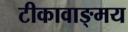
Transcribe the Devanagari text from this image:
टीकावाङ्मय